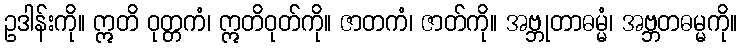
ဥဒါန်းကို။ ဣတိ ဝုတ္တကံ၊ ဣတိဝုတ်ကို။ ဇာတကံ၊ ဇာတ်ကို။ အဗ္ဘုတာဓမ္မံ၊ အဗ္ဘတဓမ္မကို။